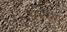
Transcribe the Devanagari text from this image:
परगा